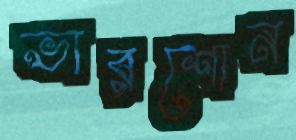
ভারশোন